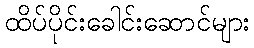
ထိပ်ပိုင်းခေါင်းဆောင်များ